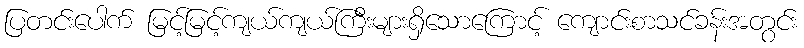
ပြတင်းပေါက် မြင့်မြင့်ကျယ်ကျယ်ကြီးများရှိသောကြောင့် ကျောင်းစာသင်ခန်းအတွင်း